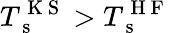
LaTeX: T_{\mathrm{~s~}}^{\mathrm{~K~S~}}>T_{\mathrm{~s~}}^{\mathrm{~H~F~}}